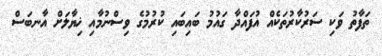
ތަފާތު ވަކި ސަރުކާރުތަކެއް އުފައްދާ ގައުމު ބައިބައި ކުރުމުގެ ވިސްނުމާއި ޚިޔާލަށް އާނބަސް